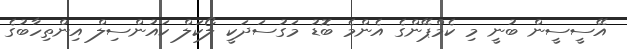
އޭސީސީން ބުނީ މި ކެމްޕޭންގެ އެންމެ ބޮޑު މަގުސަދަކީ ލޯކަލް ކައުންސިލް އިންތިހާބުގެ